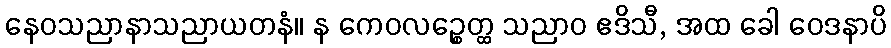
နေဝသညာနာသညာယတနံ။ န ကေဝလဉ္စေတ္ထ သညာဝ ဧဒိသီ, အထ ခေါ ဝေဒနာပိ